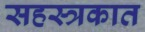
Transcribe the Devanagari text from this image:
सहस्त्रकात